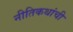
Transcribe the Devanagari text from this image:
नीतिकथांची